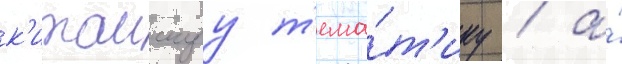
к'итаискуу т'ема́т'ику / а́